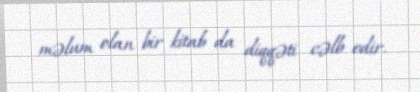
məlum olan bir kitab da diqqəti cəlb edir.